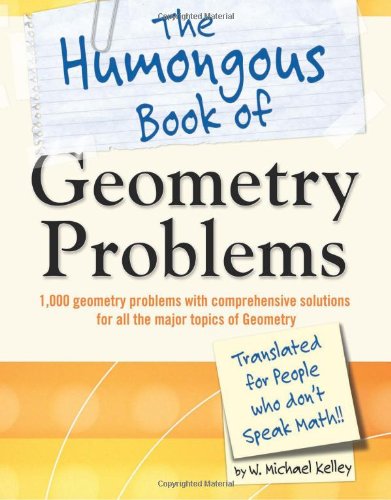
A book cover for The Humongous Book of Geometry Problems; W. Michael Kelley; Science & Math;